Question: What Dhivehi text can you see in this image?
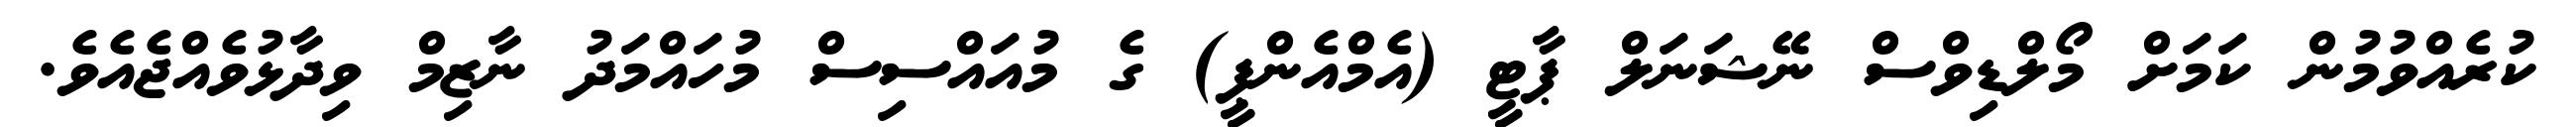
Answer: ކުރެއްވުމުން ކަމަށް މޯލްޑިވްސް ނޭޝަނަލް ޕާޓީ (އެމްއެންޕީ) ގެ މުއައްސިސް މުހައްމަދު ނާޒިމް ވިދާޅުވެއްޖެއެވެ.